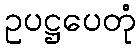
ဥပဋ္ဌပေတုံ